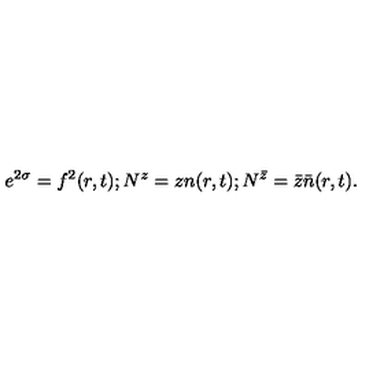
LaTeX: e ^ { 2 \sigma } = f ^ { 2 } ( r , t ) ; N ^ { z } = z n ( r , t ) ; N ^ { \bar { z } } = \bar { z } \bar { n } ( r , t ) .